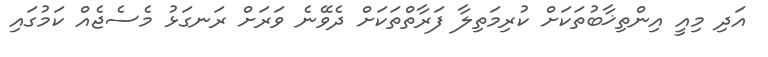
އަދި މިއީ އިންތިޚާބުތަކަށް ކުރިމަތިލާ ފަރާތްތަކަށް ދެވޭނެ ވަރަށް ރަނގަޅު މެސެޖެއް ކަމުގައި